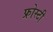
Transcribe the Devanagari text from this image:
फ्रोस्टी